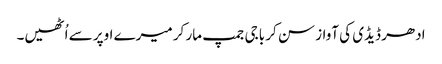
ادھر ڈیڈی کی آواز سن کر باجی جمپ مار کر میرے اوپر سے اُٹھیں۔